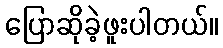
ပြောဆိုခဲ့ဖူးပါတယ်။